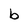
Character: b